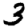
Digit: 3